Scottish Leaving Certificate Examination, 1958
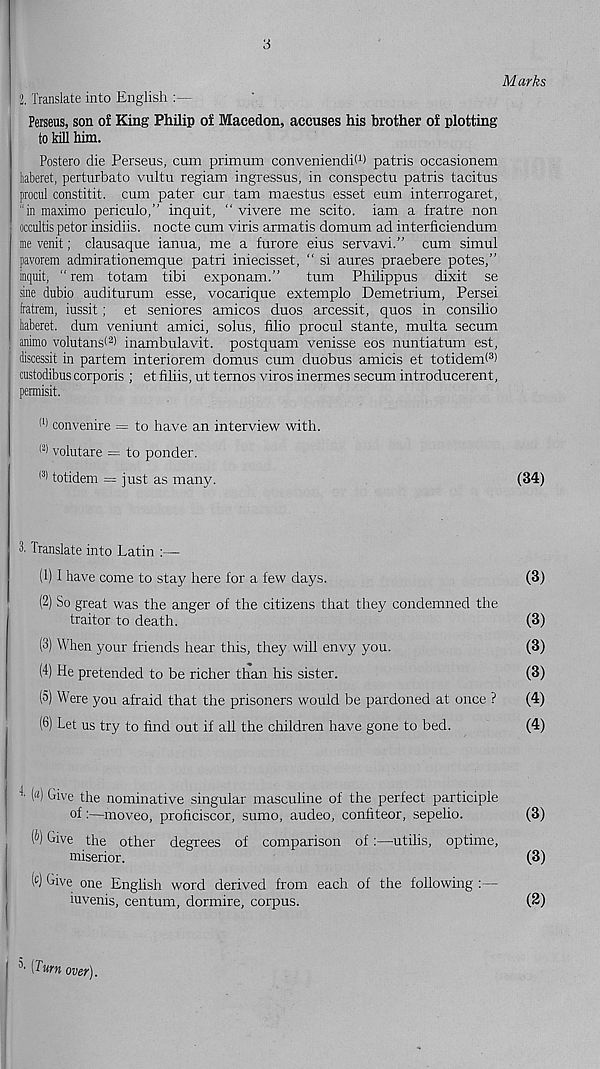
3
Marks
2. Translate into English
Perseus, son of King Philip of Macedon, accuses his brother of plotting
to kill him.
Postero die Perseus, cum primum conveniendiW patris occasionem
haberet, perturbato vultu regiam ingressus, in conspectu patris tacitus
procul constitit. cum pater cur tarn maestus esset eum interrogaret,
"in maximo periculo,” inquit, “ vivere me scito. iam a fratre non
occultis petor insicliis. nocte cum viris armatis domum ad interficiendum
me venit; clausaque ianua, me a furore eius servavi.” cum simul
pavorem admirationemque patri iniecisset, “ si aures praebere potes,”
inquit, “ rem totam tibi exponam.”
turn Philippus dixit se
sine dubio auditurum esse, vocarique extemplo Demetrium, Persei
fratrem, iussit; et seniores amicos duos arcessit, quos in consilio
baberet. dum veniunt amici, solus, filio procul stante, multa secum
animo volutansf 2 ) inambulavit. postquam venisse eos nuntiatum est,
discessit in partem interiorem domus cum duobus amicis et totidem< 3 )
custodibus corporis ; et filiis, ut ternos viros inermes secum introducerent,
permisit.
(1) con venire = to have an interview with.
|2) volutare = to ponder.
(3) totidem = just as many.
(34)
3. Translate into Latin :—
(1) I have come to stay here for a few days.
(3)
(2) So great was the anger of the citizens that they condemned the
traitor to death.
(3)
(3) When your friends hear this, they will envy you.
(3)
(4) He pretended to be richer than his sister.
(3)
(5) Were you afraid that the prisoners would be pardoned at once ?
(4)
(6) Let us try to find out if all the children have gone to bed.
(4)
4 (a) Give the nominative singular masculine of the perfect participle
of:—moveo, proficiscor, sumo, audeo, confiteor, sepelio.
(3)
(&) Give the other degrees of comparison of:—utilis, optime,
miserior.
(3)
l c ) kive one English word derived from each of the following :—
mvenis, centum, dormire, corpus.
(2)
3 ' [Turn over).